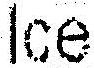
ICE